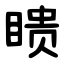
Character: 瞆